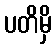
ပတိမှိ